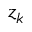
z _ { k }